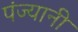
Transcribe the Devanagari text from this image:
पंज्यानी